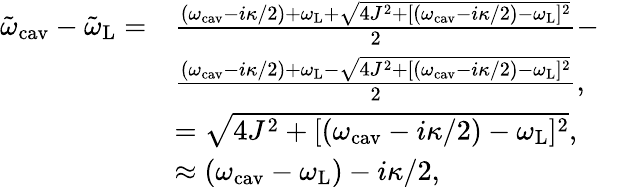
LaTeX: \begin{array}{rlr}{\tilde{\omega}_{\mathrm{cav}}-\tilde{\omega}_{\mathrm{L}}=}&{\frac{(\omega_{\mathrm{cav}}-i\kappa/2)+\omega_{\mathrm{L}}+\sqrt{4J^{2}+[(\omega_{\mathrm{cav}}-i\kappa/2)-\omega_{\mathrm{L}}]^{2}}}{2}-}&\\ &{\frac{(\omega_{\mathrm{cav}}-i\kappa/2)+\omega_{\mathrm{L}}-\sqrt{4J^{2}+[(\omega_{\mathrm{cav}}-i\kappa/2)-\omega_{\mathrm{L}}]^{2}}}{2},}\\ &{=\sqrt{4J^{2}+[(\omega_{\mathrm{cav}}-i\kappa/2)-\omega_{\mathrm{L}}]^{2}},}&\\ &{\approx(\omega_{\mathrm{cav}}-\omega_{\mathrm{L}})-i\kappa/2,}\end{array}